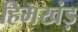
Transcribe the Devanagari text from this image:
हिमखंड़